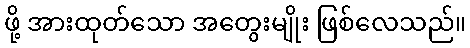
ဖို့ အားထုတ်သော အတွေးမျိုး ဖြစ်လေသည်။